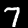
Label: 7